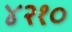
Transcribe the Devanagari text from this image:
४२१०